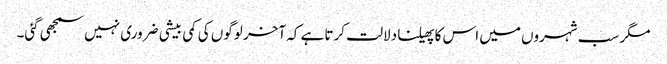
مگر سب شہروں میں اس کا پھیلنا دلالت کرتا ہے کہ آخر لوگوں کی کمی بیشی ضروری نہیں سمجھی گئی۔